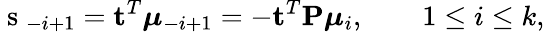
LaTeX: \mathrm{~s~}_{-i+1}=\mathbf{t}^{T}\boldsymbol{\mu}_{-i+1}=-\mathbf{t}^{T}\mathbf{P}\boldsymbol{\mu}_{i},\qquad 1\leq i\leq k,